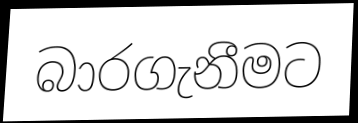
බාරගැනීමට